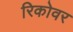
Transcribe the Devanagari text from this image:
रिकोवर